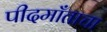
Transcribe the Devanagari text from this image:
पीदमाँताचा